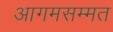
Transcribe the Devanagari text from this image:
आगमसम्मत